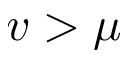
v > \mu